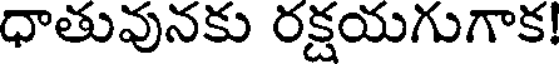
ధాతువునకు రక్షయగుగాక!